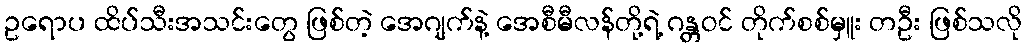
ဥရောပ ထိပ်သီးအသင်းတွေ ဖြစ်တဲ့ အေဂျက်နဲ့ အေစီမီလန်တို့ရဲ့ ဂန္တဝင် တိုက်စစ်မှူး တဦး ဖြစ်သလို